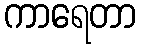
ကာရေတာ